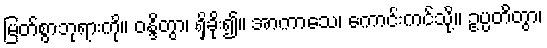
မြတ်စွာဘုရားကို။ ဝန္ဒိတွာ၊ ရှိခိုး၍။ အာကာသေ၊ ကောင်းကင်သို့။ ဥပ္ပတိတွာ၊